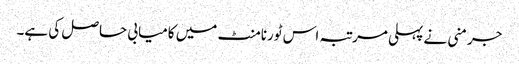
جرمنی نے پہلی مرتبہ اس ٹورنامنٹ میں کامیابی حاصل کی ہے۔